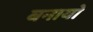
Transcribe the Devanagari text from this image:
बनायो